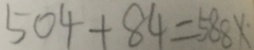
5 0 4 + 8 4 = 5 8 8 x